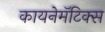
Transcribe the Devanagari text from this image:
कायनेमॅटिक्स